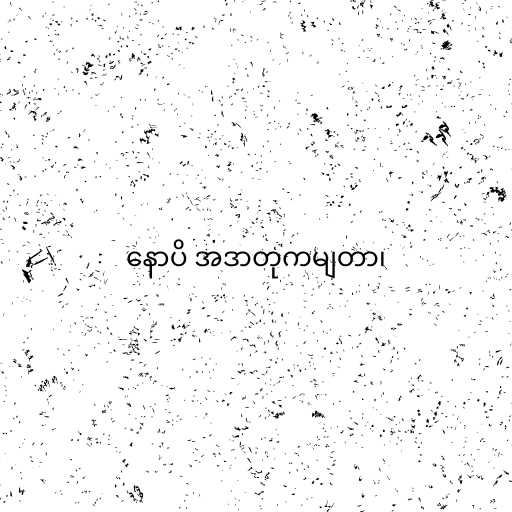
နောပိ အဒာတုကမျတာ၊